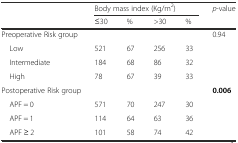
|  | <COLSPAN=4> Body mass index (Kg/m2) | p-value |
 |  | ≤30 | % | >30 | % |  |
 | --- | --- | --- | --- | --- | --- |
 | Preoperative Risk group |  |  |  |  | 0.94 |
 | Low | 521 | 67 | 256 | 33 |  |
 | Intermediate | 184 | 68 | 86 | 32 |  |
 | High | 78 | 67 | 39 | 33 |  |
 | Postoperative Risk group |  |  |  |  | 0.006 |
 | APF = 0 | 571 | 70 | 247 | 30 |  |
 | APF = 1 | 114 | 64 | 63 | 36 |  |
 | APF ≥ 2 | 101 | 58 | 74 | 42 |  |